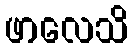
ဖာလေသိ